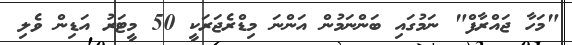
"މަހާ ޖައްރާފް" ނަމުގައި ބަންނަމުން އަންނަ މިޑްރެޖަރަކީ 50 މީޓަރު އަޑިން ވެލި